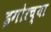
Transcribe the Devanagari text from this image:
इगोरच्या